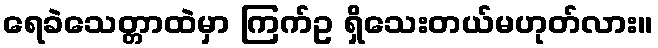
ရေခဲသေတ္တာထဲမှာ ကြက်ဥ ရှိသေးတယ်မဟုတ်လား။